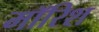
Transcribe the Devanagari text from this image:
मॉरिश